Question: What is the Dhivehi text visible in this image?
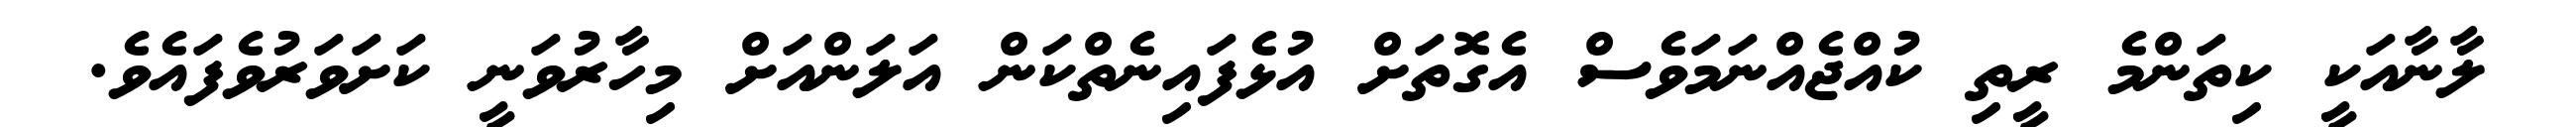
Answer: ލާނާއަކީ ކިތަންމެ ރީތި ކުއްޖެއްނަމަވެސް އެގޮތަށް އުޅެފައިނެތްކަން އަލަންއަށް މިހާރުވަނީ ކަށަވަރުވެފައެވެ.